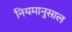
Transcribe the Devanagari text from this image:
नियमानुसाल